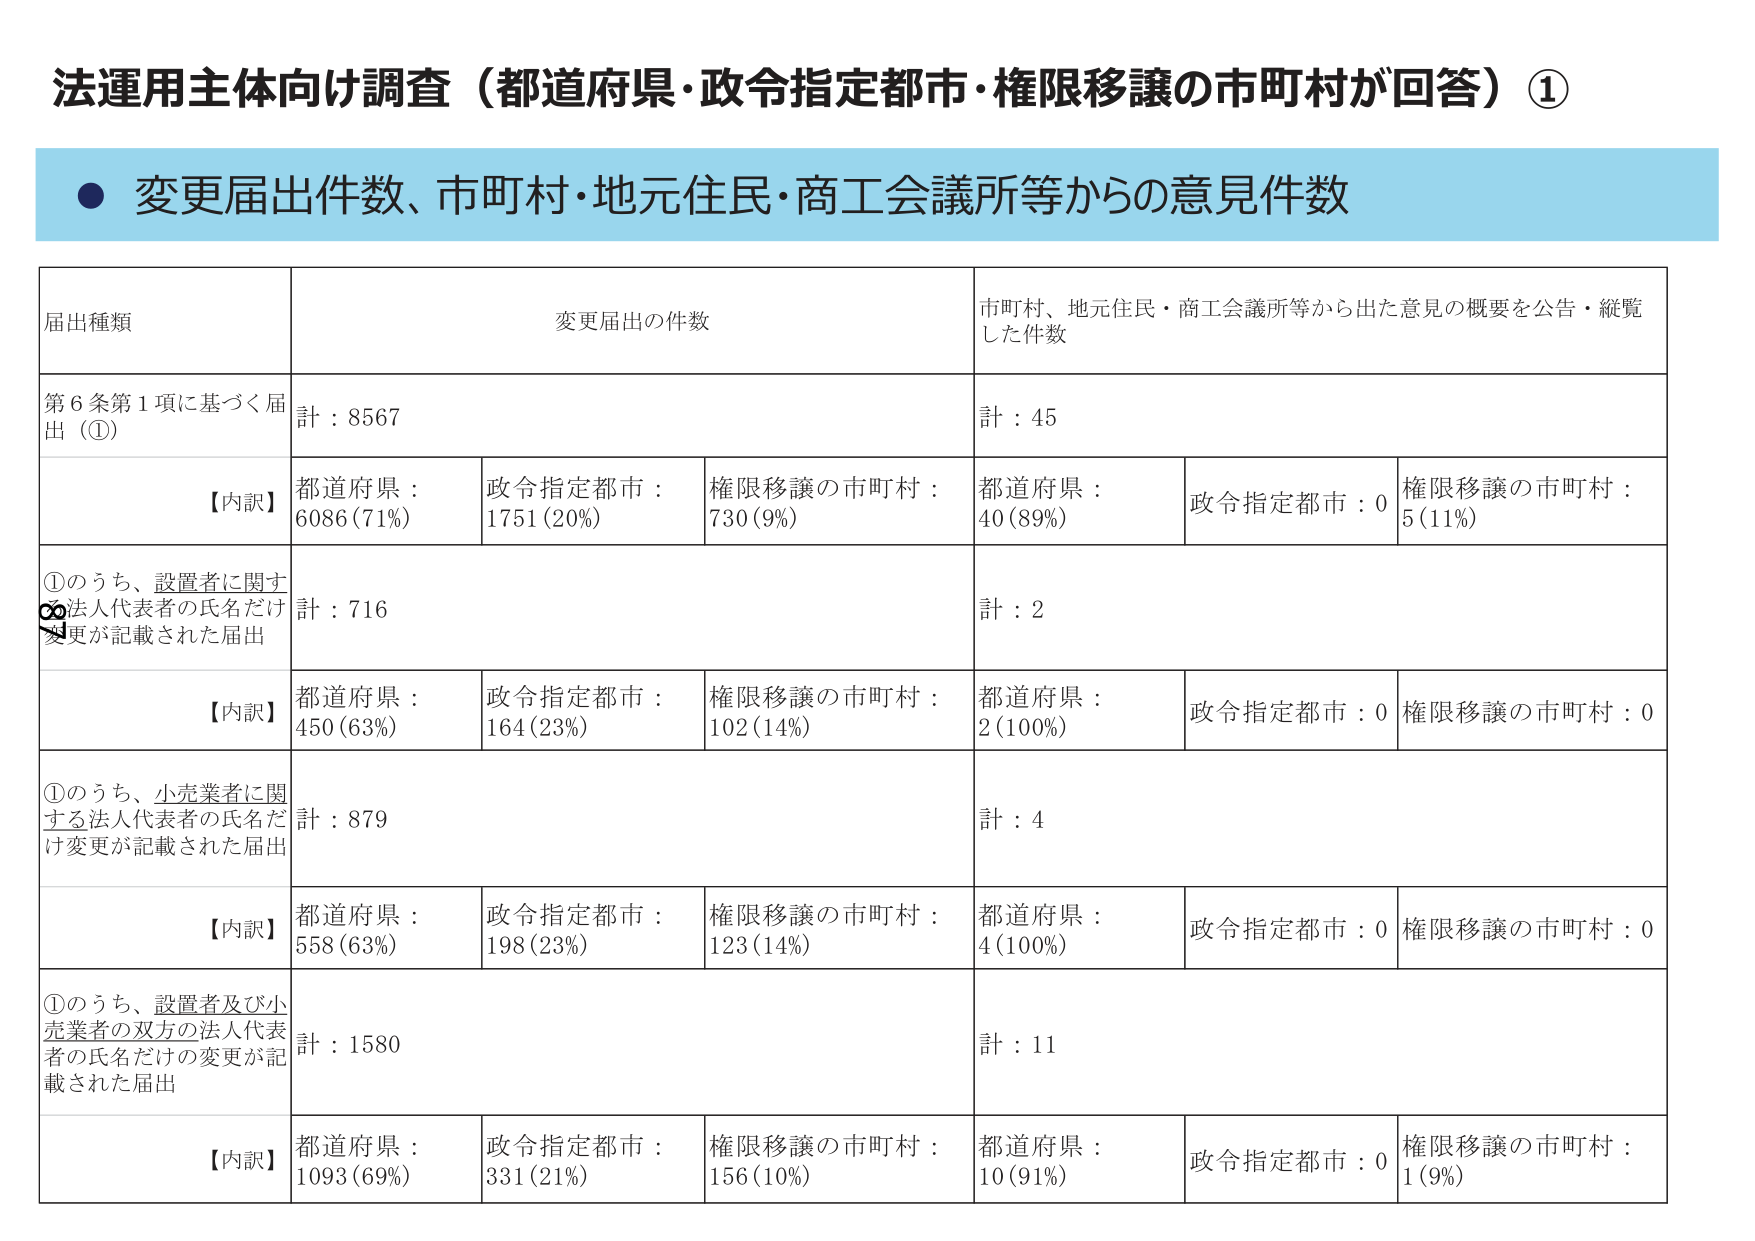
法運用主体向け調査（都道府県・政令指定都市・権限移譲の市町村が回答）①

● 変更届出件数、市町村・地元住民・商工会議所等からの意見件数

届出種類